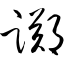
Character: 踯